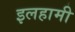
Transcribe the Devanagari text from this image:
इलहामी